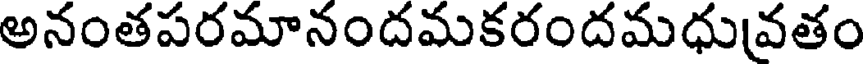
అనంతపరమానందమకరందమధువతం